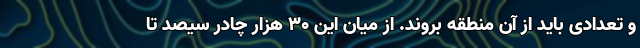
و تعدادی باید از آن منطقه بروند. از میان این ۳۰ هزار چادر سیصد تا